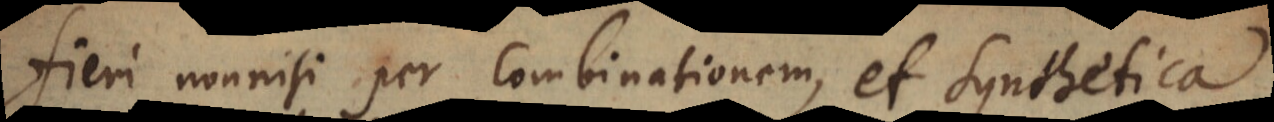
fieri nonnisi per Combinationem, et Synthetica